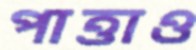
পাত্তাও